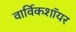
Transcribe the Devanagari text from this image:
वार्विकशॉयर